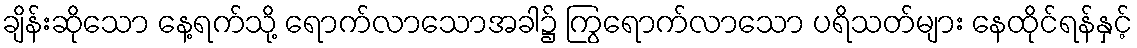
ချိန်းဆိုသော နေ့ရက်သို့ ရောက်လာသောအခါ၌ ကြွရောက်လာသော ပရိသတ်များ နေထိုင်ရန်နှင့်